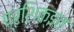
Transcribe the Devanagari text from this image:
प्रशिक्इत